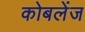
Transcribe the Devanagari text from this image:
कोबलेंज